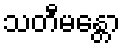
သတီမန္တော